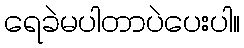
ရေခဲမပါတာပဲပေးပါ။